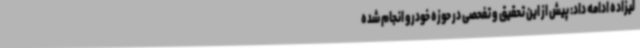
لیزاده ادامه داد: پیش از این تحقیق و تفحصی در حوزه خودرو انجام شده